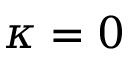
\kappa = 0